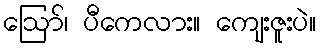
ဩော်၊ ပီကေလား။ ကျေးဇူးပဲ။